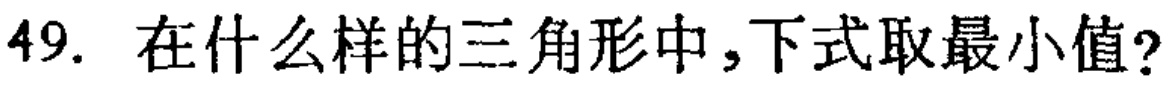
49. 在什么样的三角形中，下式取最小值?